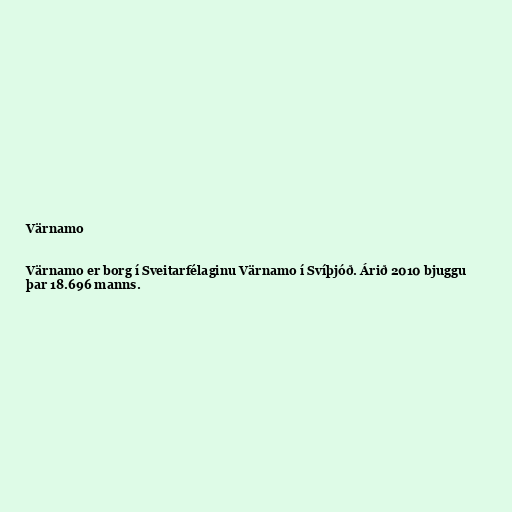
Värnamo

Värnamo er borg í Sveitarfélaginu Värnamo í Svíþjóð. Árið 2010 bjuggu
þar 18.696 manns.